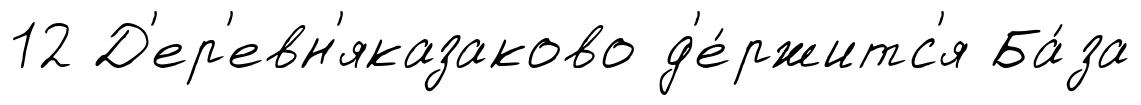
12 Д'ер'евн'яказаково д'е́ржитс'я Ба́за